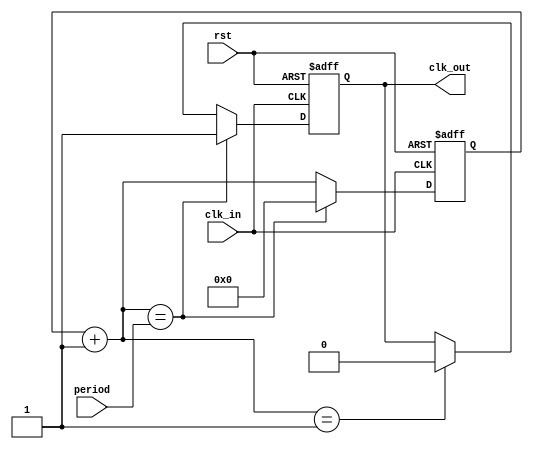
// Triggered on positive edge of input clock -- it should start at 1
// creates a 1 clock cycle pulse with a larger period
module clk_div(clk_in,clk_out,rst,period);
    input clk_in;
    output reg clk_out = 1;
	input rst;
    input [31:0] period;
    reg[31:0] counter = 32'd0;
    
    
    always @ (posedge clk_in or posedge rst) begin
        if (rst)
            begin
                clk_out = 1;
                counter = 32'd0;
            end
        else
            begin
                counter = counter+1;
                if (counter == 1)
                    clk_out = 0;
                if (counter == period) begin
                    clk_out = 1;
                    counter = 32'd0;
                end
            end
    end
endmodule